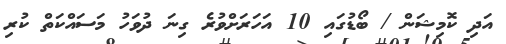
އަދި ކޮމިޝަން / ބޯޑުގައި 10 އަހަރަށްވުރެ ގިނަ ދުވަހު މަސައްކަތް ކުރި